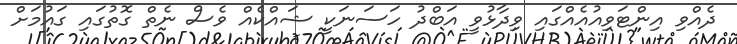
ދެއްވި އިންޓަވިއުއެއްގައި ވިދާޅުވީ އަބްދު ހަސަނަކީ ޝައްކެއް ވެސް ނެތް ގޮތުގައި ގައުމަށް